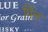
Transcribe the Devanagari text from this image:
पिंन